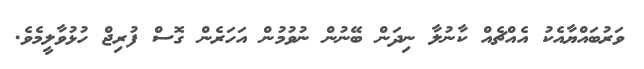
ވަރުބައްޔާއެކު އެއްޗެއް ކާނުލާ ނިދަން ބޭނުން ނުވުމުން އަހަރެން ގޮސް ފުރިޖް ހުޅުވާލީމެވެ.